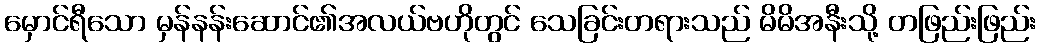
မှောင်ရီသော မှန်နန်းဆောင်၏အလယ်ဗဟိုတွင် သေခြင်းတရားသည် မိမိအနီးသို့ တဖြည်းဖြည်း